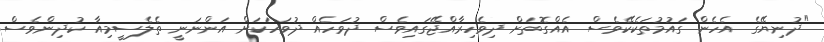
"ދުނިޔޭގެ އެހެން ގައުމުތަކެކޭވެސް އެއްގޮތަށް ދިވެހިރާއްޖޭގައިވެސް ދުވަހެއް ދުވަހަކަށް އަންނަނީ ތެލެސީމިއާ ކުދިންވެސް